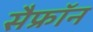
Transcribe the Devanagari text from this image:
सैफ्रॉन